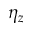
\eta _ { z }